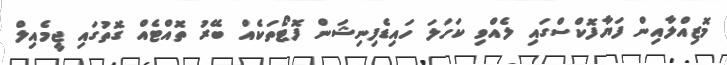
މޮޒިއްލާއިން ފަޔާފޮކްސްގައި ލެއްވި ކަހަލަ ހައިޑެފިނިޝަން ފޮޓޯތަކެއް ބޭރު ތޮއްޓެއް ގޮތުގައި ޖީމެއިލް